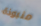
منبوذة